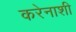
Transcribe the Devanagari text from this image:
करेनाशी